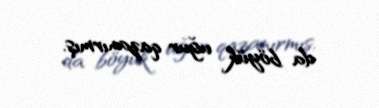
da böyük uğur qazanırmış.